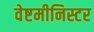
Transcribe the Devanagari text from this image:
वेष्टमीनिस्टर